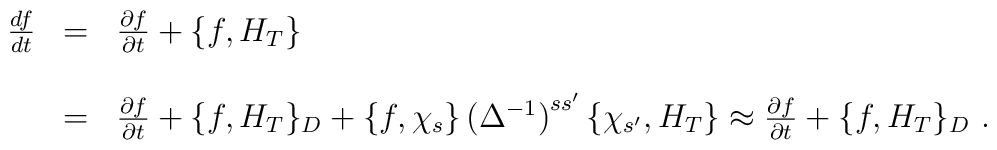
\begin{array}{r c l}\frac{df}{dt}&=&\frac{\partial f}{\partial t}+\{f,H_T\}\\ & & \\&=&\frac{\partial f}{\partial t}+\{f,H_T\}_D+\{f,\chi_s\}\left(\Delta^{-1}\right)^{ss'}\{\chi_{s'},H_T\}\approx\frac{\partial f}{\partial t}+\{f,H_T\}_D\ .\end{array}